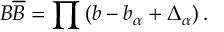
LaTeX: B \overline { { { B } } } = \prod \left( b - b _ { \alpha } + \Delta _ { \alpha } \right) .